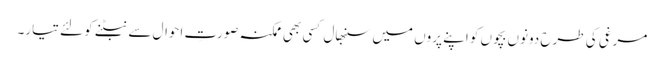
مرغی کی طرح دونوں بچوں کو اپنے پروں میں سنبھال کسی بھی ممکنہ صورتِ احوال سے نبٹنے کو لئے تیار۔